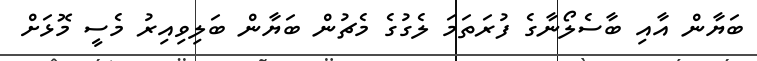
ބަޔާން އާއި ބާސެލޯނާގެ ފުރަތަމަ ލެގުގެ މެޗުން ބަޔާން ބަލިވިއިރު މެސީ މޮޅަށް